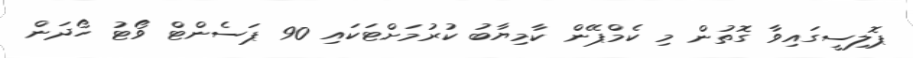
ޕޮލިސީގައިވާ ގޮތުން މި ކެމްޕޭން ކާމިޔާބު ކުރުމަށްޓަކައި 90 ޕަސެންޓް ވޯޓު ހޯދަން